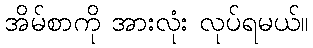
အိမ်စာကို အားလုံး လုပ်ရမယ်။